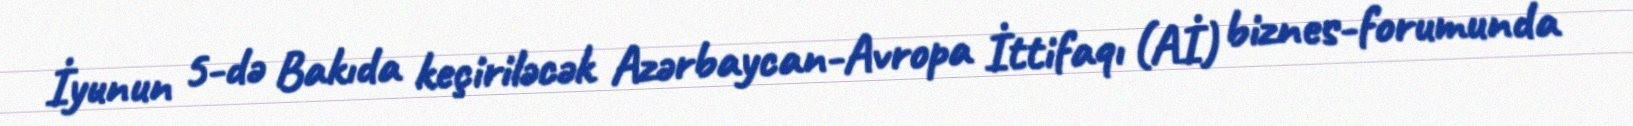
İyunun 5-də Bakıda keçiriləcək Azərbaycan-Avropa İttifaqı (Aİ) biznes-forumunda